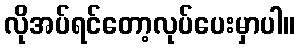
လိုအပ်ရင်တော့လုပ်ပေးမှာပါ။